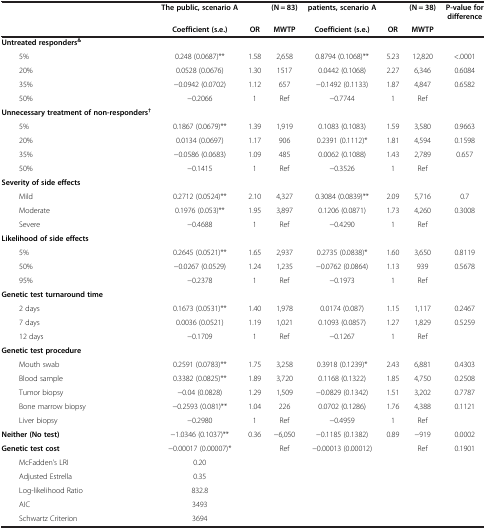
<table><thead><tr><td>[EMPTY_CELL]</td><td><b>The public, scenario A</b></td><td>[EMPTY_CELL]</td><td><b>(N = 83)</b></td><td><b>patients, scenario A</b></td><td>[EMPTY_CELL]</td><td><b>(N = 38)</b></td><td><b>P-value for difference</b></td></tr><tr><td>[EMPTY_CELL]</td><td><b>Coefficient (s.e.)</b></td><td><b>OR</b></td><td><b>MWTP</b></td><td><b>Coefficient (s.e.)</b></td><td><b>OR</b></td><td><b>MWTP</b></td><td>[EMPTY_CELL]</td></tr></thead><tbody><tr><td><b>Untreated responders</b><sup>&amp;</sup></td><td>[EMPTY_CELL]</td><td>[EMPTY_CELL]</td><td>[EMPTY_CELL]</td><td>[EMPTY_CELL]</td><td>[EMPTY_CELL]</td><td>[EMPTY_CELL]</td><td>[EMPTY_CELL]</td></tr><tr><td>5%</td><td>0.248 (0.0687)**</td><td>1.58</td><td>2,658</td><td>0.8794 (0.1068)**</td><td>5.23</td><td>12,820</td><td>&lt;.0001</td></tr><tr><td>20%</td><td>0.0528 (0.0676)</td><td>1.30</td><td>1517</td><td>0.0442 (0.1068)</td><td>2.27</td><td>6,346</td><td>0.6084</td></tr><tr><td>35%</td><td>−0.0942 (0.0702)</td><td>1.12</td><td>657</td><td>−0.1492 (0.1133)</td><td>1.87</td><td>4,847</td><td>0.6582</td></tr><tr><td>50%</td><td>−0.2066</td><td>1</td><td>Ref</td><td>−0.7744</td><td>1</td><td>Ref</td><td>[EMPTY_CELL]</td></tr><tr><td><b>Unnecessary treatment of non-responders</b><sup>†</sup></td><td>[EMPTY_CELL]</td><td>[EMPTY_CELL]</td><td>[EMPTY_CELL]</td><td>[EMPTY_CELL]</td><td>[EMPTY_CELL]</td><td>[EMPTY_CELL]</td><td>[EMPTY_CELL]</td></tr><tr><td>5%</td><td>0.1867 (0.0679)**</td><td>1.39</td><td>1,919</td><td>0.1083 (0.1083)</td><td>1.59</td><td>3,580</td><td>0.9663</td></tr><tr><td>20%</td><td>0.0134 (0.0697)</td><td>1.17</td><td>906</td><td>0.2391 (0.1112)*</td><td>1.81</td><td>4,594</td><td>0.1598</td></tr><tr><td>35%</td><td>−0.0586 (0.0683)</td><td>1.09</td><td>485</td><td>0.0062 (0.1088)</td><td>1.43</td><td>2,789</td><td>0.657</td></tr><tr><td>50%</td><td>−0.1415</td><td>1</td><td>Ref</td><td>−0.3526</td><td>1</td><td>Ref</td><td>[EMPTY_CELL]</td></tr><tr><td><b>Severity of side effects</b></td><td>[EMPTY_CELL]</td><td>[EMPTY_CELL]</td><td>[EMPTY_CELL]</td><td>[EMPTY_CELL]</td><td>[EMPTY_CELL]</td><td>[EMPTY_CELL]</td><td>[EMPTY_CELL]</td></tr><tr><td>Mild</td><td>0.2712 (0.0524)**</td><td>2.10</td><td>4,327</td><td>0.3084 (0.0839)**</td><td>2.09</td><td>5,716</td><td>0.7</td></tr><tr><td>Moderate</td><td>0.1976 (0.053)**</td><td>1.95</td><td>3,897</td><td>0.1206 (0.0871)</td><td>1.73</td><td>4,260</td><td>0.3008</td></tr><tr><td>Severe</td><td>−0.4688</td><td>1</td><td>Ref</td><td>−0.4290</td><td>1</td><td>Ref</td><td>[EMPTY_CELL]</td></tr><tr><td><b>Likelihood of side effects</b></td><td>[EMPTY_CELL]</td><td>[EMPTY_CELL]</td><td>[EMPTY_CELL]</td><td>[EMPTY_CELL]</td><td>[EMPTY_CELL]</td><td>[EMPTY_CELL]</td><td>[EMPTY_CELL]</td></tr><tr><td>5%</td><td>0.2645 (0.0521)**</td><td>1.65</td><td>2,937</td><td>0.2735 (0.0838)*</td><td>1.60</td><td>3,650</td><td>0.8119</td></tr><tr><td>50%</td><td>−0.0267 (0.0529)</td><td>1.24</td><td>1,235</td><td>−0.0762 (0.0864)</td><td>1.13</td><td>939</td><td>0.5678</td></tr><tr><td>95%</td><td>−0.2378</td><td>1</td><td>Ref</td><td>−0.1973</td><td>1</td><td>Ref</td><td>[EMPTY_CELL]</td></tr><tr><td><b>Genetic test turnaround time</b></td><td>[EMPTY_CELL]</td><td>[EMPTY_CELL]</td><td>[EMPTY_CELL]</td><td>[EMPTY_CELL]</td><td>[EMPTY_CELL]</td><td>[EMPTY_CELL]</td><td>[EMPTY_CELL]</td></tr><tr><td>2 days</td><td>0.1673 (0.0531)**</td><td>1.40</td><td>1,978</td><td>0.0174 (0.087)</td><td>1.15</td><td>1,117</td><td>0.2467</td></tr><tr><td>7 days</td><td>0.0036 (0.0521)</td><td>1.19</td><td>1,021</td><td>0.1093 (0.0857)</td><td>1.27</td><td>1,829</td><td>0.5259</td></tr><tr><td>12 days</td><td>−0.1709</td><td>1</td><td>Ref</td><td>−0.1267</td><td>1</td><td>Ref</td><td>[EMPTY_CELL]</td></tr><tr><td><b>Genetic test procedure</b></td><td>[EMPTY_CELL]</td><td>[EMPTY_CELL]</td><td>[EMPTY_CELL]</td><td>[EMPTY_CELL]</td><td>[EMPTY_CELL]</td><td>[EMPTY_CELL]</td><td>[EMPTY_CELL]</td></tr><tr><td>Mouth swab</td><td>0.2591 (0.0783)**</td><td>1.75</td><td>3,258</td><td>0.3918 (0.1239)*</td><td>2.43</td><td>6,881</td><td>0.4303</td></tr><tr><td>Blood sample</td><td>0.3382 (0.0825)**</td><td>1.89</td><td>3,720</td><td>0.1168 (0.1322)</td><td>1.85</td><td>4,750</td><td>0.2508</td></tr><tr><td>Tumor biopsy</td><td>−0.04 (0.0828)</td><td>1.29</td><td>1,509</td><td>−0.0829 (0.1342)</td><td>1.51</td><td>3,202</td><td>0.7787</td></tr><tr><td>Bone marrow biopsy</td><td>−0.2593 (0.081)**</td><td>1.04</td><td>226</td><td>0.0702 (0.1286)</td><td>1.76</td><td>4,388</td><td>0.1121</td></tr><tr><td>Liver biopsy</td><td>−0.2980</td><td>1</td><td>Ref</td><td>−0.4959</td><td>1</td><td>Ref</td><td>[EMPTY_CELL]</td></tr><tr><td><b>Neither (No test)</b></td><td>−1.0346 (0.1037)**</td><td>0.36</td><td>−6,050</td><td>−0.1185 (0.1382)</td><td>0.89</td><td>−919</td><td>0.0002</td></tr><tr><td><b>Genetic test cost</b></td><td>−0.00017 (0.00007)*</td><td>[EMPTY_CELL]</td><td>Ref</td><td>−0.00013 (0.00012)</td><td>[EMPTY_CELL]</td><td>Ref</td><td>0.1901</td></tr><tr><td>McFadden’s LRI</td><td>0.20</td><td>[EMPTY_CELL]</td><td>[EMPTY_CELL]</td><td>[EMPTY_CELL]</td><td>[EMPTY_CELL]</td><td>[EMPTY_CELL]</td><td>[EMPTY_CELL]</td></tr><tr><td>Adjusted Estrella</td><td>0.35</td><td>[EMPTY_CELL]</td><td>[EMPTY_CELL]</td><td>[EMPTY_CELL]</td><td>[EMPTY_CELL]</td><td>[EMPTY_CELL]</td><td>[EMPTY_CELL]</td></tr><tr><td>Log-likelihood Ratio</td><td>832.8</td><td>[EMPTY_CELL]</td><td>[EMPTY_CELL]</td><td>[EMPTY_CELL]</td><td>[EMPTY_CELL]</td><td>[EMPTY_CELL]</td><td>[EMPTY_CELL]</td></tr><tr><td>AIC</td><td>3493</td><td>[EMPTY_CELL]</td><td>[EMPTY_CELL]</td><td>[EMPTY_CELL]</td><td>[EMPTY_CELL]</td><td>[EMPTY_CELL]</td><td>[EMPTY_CELL]</td></tr><tr><td>Schwartz Criterion</td><td>3694</td><td>[EMPTY_CELL]</td><td>[EMPTY_CELL]</td><td>[EMPTY_CELL]</td><td>[EMPTY_CELL]</td><td>[EMPTY_CELL]</td><td>[EMPTY_CELL]</td></tr></tbody></table>